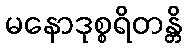
မနောဒုစ္စရိတန္တိ